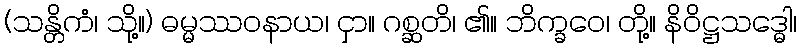
(သန္တိကံ၊ သို့။) ဓမ္မဿဝနာယ၊ ငှာ။ ဂစ္ဆတိ၊ ၏။ ဘိက္ခဝေ၊ တို့။ နိဝိဋ္ဌသဒ္ဓေါ၊